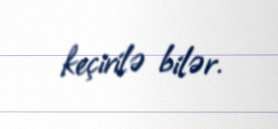
keçirilə bilər.